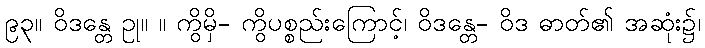
၉၃။ ဝိဒန္တေ ဥု။ ။ ကွိမှိ- ကွိပစ္စည်းကြောင့်၊ ဝိဒန္တေ- ဝိဒ ဓာတ်၏ အဆုံး၌၊